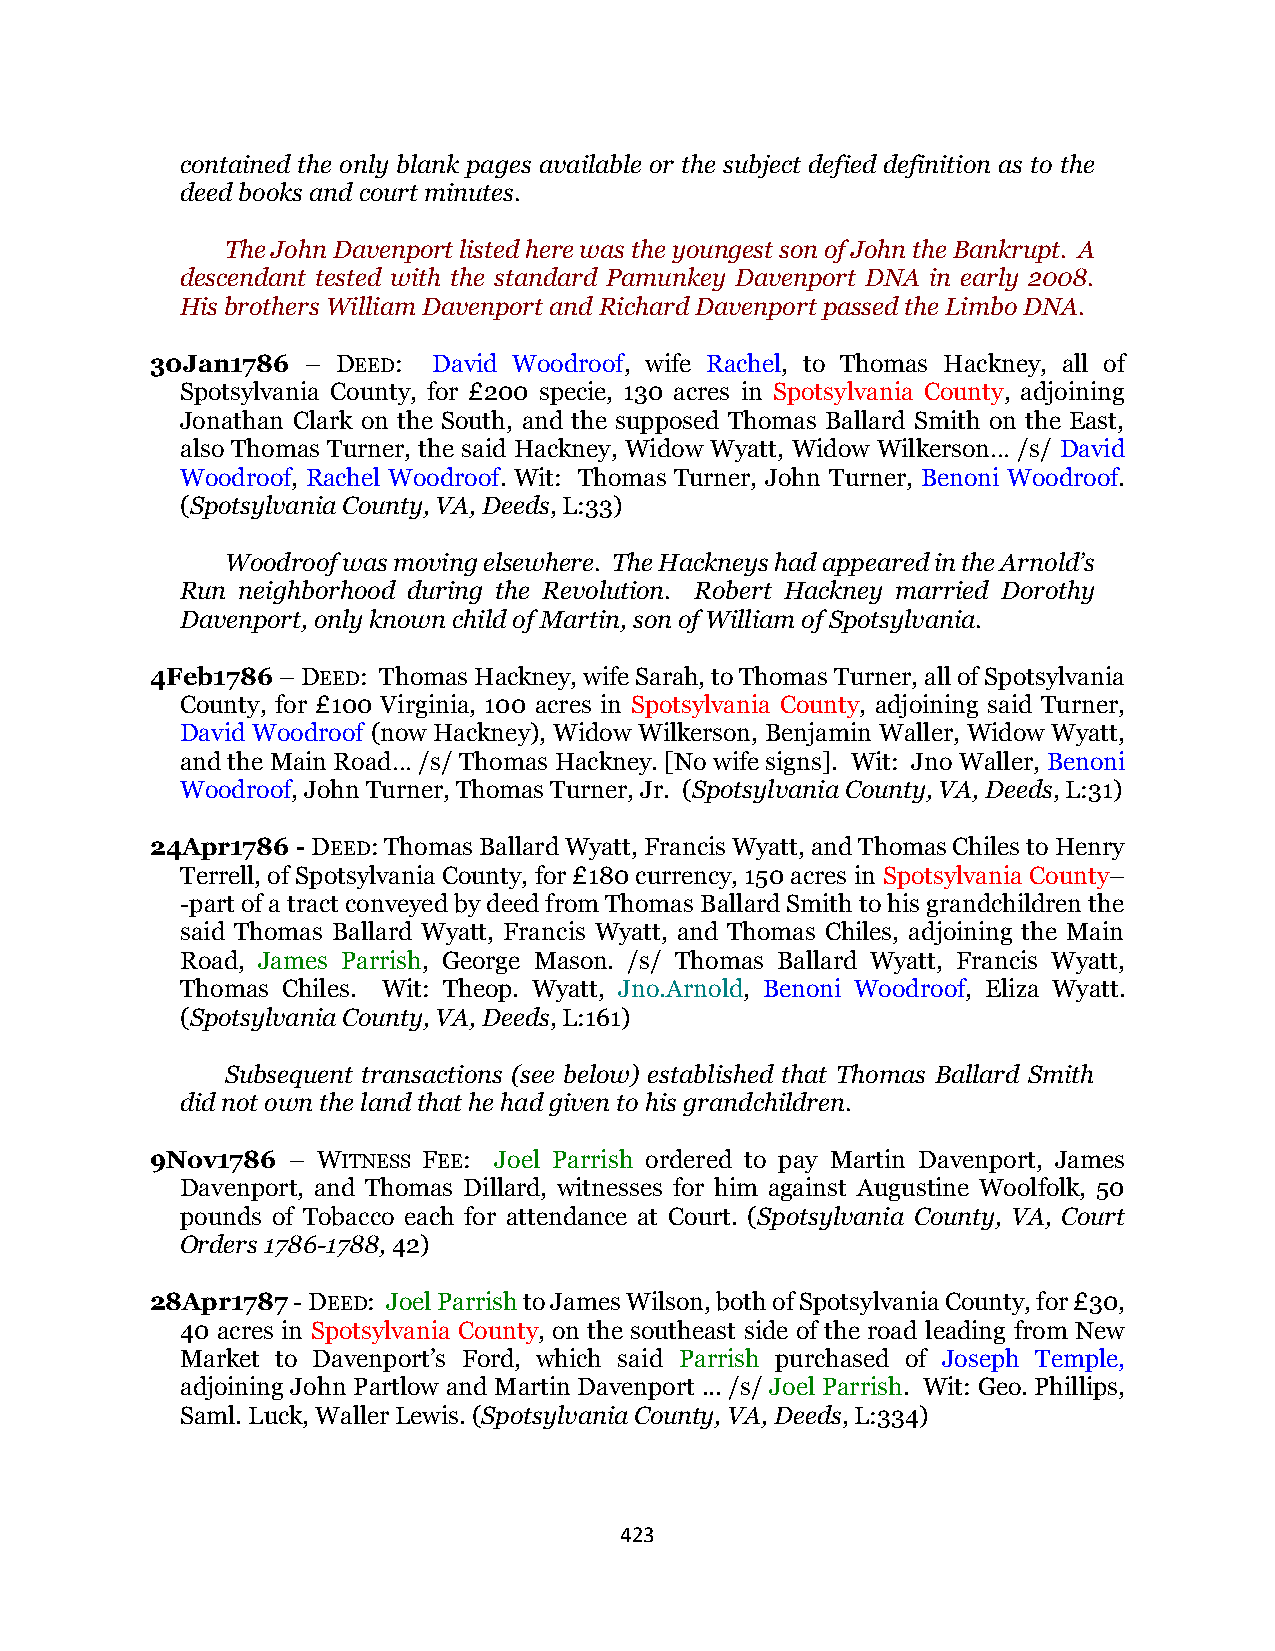
contained the only blank pages available or the subject defied definition as to the
 deed books and court minutes.
 The John Davenport listed here was the youngest son of John the Bankrupt. A
 descendant tested with the standard Pamunkey Davenport DNA in early 2008.
 His brothers William Davenport and Richard Davenport passed the Limbo DNA.
 30Jan1786 – DEED:  David Woodroof, wife Rachel, to Thomas Hackney, all of
 Spotsylvania County, for £200 specie, 130 acres in Spotsylvania County, adjoining
 Jonathan Clark on the South, and the supposed Thomas Ballard Smith on the East,
 also Thomas Turner, the said Hackney, Widow Wyatt, Widow Wilkerson… /s/ David
 Woodroof, Rachel Woodroof. Wit: Thomas Turner, John Turner, Benoni Woodroof.
 (Spotsylvania County, VA, Deeds, L:33)
 Woodroof was moving elsewhere. The Hackneys had appeared in the Arnold’s
 Run neighborhood during the Revolution. Robert Hackney married Dorothy
 Davenport, only known child of Martin, son of William of Spotsylvania.
 4Feb1786 – DEED: Thomas Hackney, wife Sarah, to Thomas Turner, all of Spotsylvania
 County, for £100 Virginia, 100 acres in Spotsylvania County, adjoining said Turner,
 David Woodroof (now Hackney), Widow Wilkerson, Benjamin Waller, Widow Wyatt,
 and the Main Road… /s/ Thomas Hackney. [No wife signs]. Wit: Jno Waller, Benoni
 Woodroof, John Turner, Thomas Turner, Jr. (Spotsylvania County, VA, Deeds, L:31)
 24Apr1786 - DEED: Thomas Ballard Wyatt, Francis Wyatt, and Thomas Chiles to Henry
 Terrell, of Spotsylvania County, for £180 currency, 150 acres in Spotsylvania County–
 -part of a tract conveyed by deed from Thomas Ballard Smith to his grandchildren the
 said Thomas Ballard Wyatt, Francis Wyatt, and Thomas Chiles, adjoining the Main
 Road, James Parrish, George Mason. /s/ Thomas Ballard Wyatt, Francis Wyatt,
 Thomas Chiles. Wit: Theop. Wyatt, Jno.Arnold, Benoni Woodroof, Eliza Wyatt.
 (Spotsylvania County, VA, Deeds, L:161)
 Subsequent transactions (see below) established that Thomas Ballard Smith
 did not own the land that he had given to his grandchildren.
 9Nov1786 – WITNESS FEE: Joel Parrish ordered to pay Martin Davenport, James
 Davenport, and Thomas Dillard, witnesses for him against Augustine Woolfolk, 50
 pounds of Tobacco each for attendance at Court. (Spotsylvania County, VA, Court
 Orders 1786-1788, 42)
 28Apr1787 - DEED: Joel Parrish to James Wilson, both of Spotsylvania County, for £30,
 40 acres in Spotsylvania County, on the southeast side of the road leading from New
 Market to Davenport’s Ford, which said Parrish purchased of Joseph Temple,
 adjoining John Partlow and Martin Davenport ... /s/ Joel Parrish. Wit: Geo. Phillips,
 Saml. Luck, Waller Lewis. (Spotsylvania County, VA, Deeds, L:334)
 423